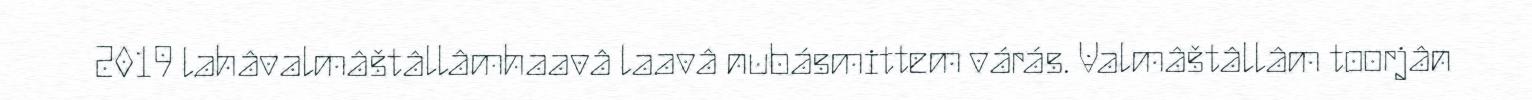
2019 lahâvalmâštâllâmhaavâ laavâ nubásmittem várás. Valmâštâllâm toorjân